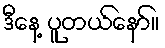
ဒီနေ့ ပူတယ်နော်။